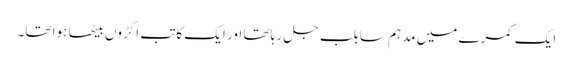
ایک کمرے میں مدہم سا بلب جل رہا تھا اور ایک کاتب اکڑوں بیٹھا ہوا تھا۔